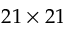
2 1 \times 2 1